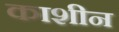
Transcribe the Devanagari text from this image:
काशीन